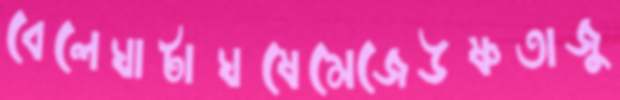
বেলেঘাটাঘষেমেজেঊষ্ণতাজু